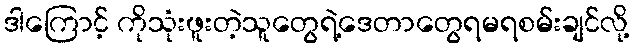
ဒါကြောင့် ကိုသုံးဖူးတဲ့သူတွေရဲ့ဒေတာတွေရမရစမ်းချင်လို့